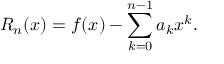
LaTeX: R _ { n } ( x ) = f ( x ) - \sum _ { k = 0 } ^ { n - 1 } a _ { k } x ^ { k } .